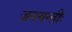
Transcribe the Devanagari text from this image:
जनयन्तीः